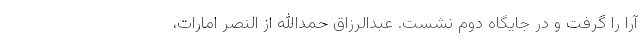
آرا را گرفت و در جایگاه دوم نشست. عبدالرزاق حمدالله از النصر امارات،